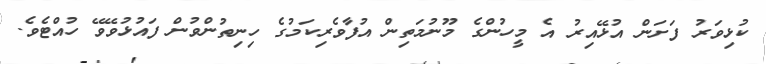
ކުޅިވަރު ފަށަން އުޅޭއިރު އެ މީހުންގެ މޫނުމަތިން އުފާވެރިކަމުގެ ހިނިތުންވުން ފައުޅުވޭވޭ ހުއްޓެވެ.